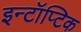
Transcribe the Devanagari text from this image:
इन्टॉप्टिक